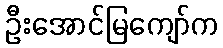
ဦးအောင်မြကျော်က